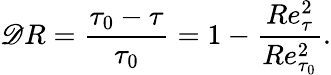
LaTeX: {\mathscr{D}R}=\frac{{\tau_{0}-\tau}}{{\tau_{0}}}=1-\frac{{Re_{\tau}^{2}}}{{Re_{\tau_{0}}^{2}}}.